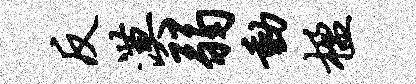
反漠弱动楹